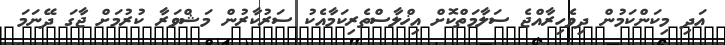
އަދި މިކަންކަމުން ދިވެހިރާއްޖެ ސަލާމަތްކޮށް އިޚްލާސްތެރިކަމާއެކު ސަރުކާރުން މަޝްވަރާ ކުރުމަށް ޖާގަ ދޭނަމަ